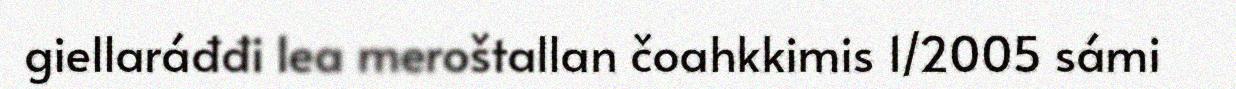
giellaráđđi lea meroštallan čoahkkimis 1/2005 sámi